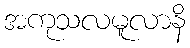
အကုသလမူလာနိ